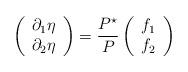
LaTeX: \begin{align*} \left( \begin{array}{cc} \partial_1\eta \\ \partial_2\eta \\ \end{array}\right)=\frac{P^\star}{P}\left( \begin{array}{cc} f_1 \\ f_2 \\ \end{array}\right) \end{align*}